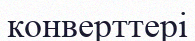
конверттері